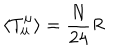
\langle T _ { \mu } ^ { \mu } \rangle = { \frac { N } { 2 4 } } R